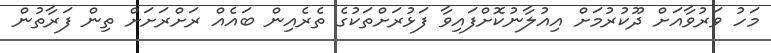
މަހު ވަރުވާއަށް ދޫކުރުމަށް އިއުލާނުކޮށްފައިވާ ފަޅުރަށްތަކުގެ ތެރެއިން ބައެއް ރަށްރަށަށް ތިން ފަރާތުން